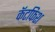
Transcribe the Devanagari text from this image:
कॅटफिश